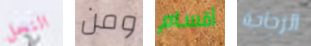
النحل ومن أقسام الزجاجة